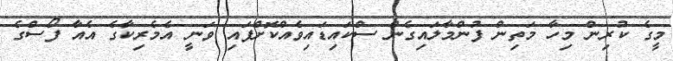
މީގެ ކުރިން މިހާ މަތިން ފުންމާލައިގެން ސްކައިޑައިވެއްކޮށްފައި ވަނީ އެމެރިކާގެ އެއާ ފޯސްގެ